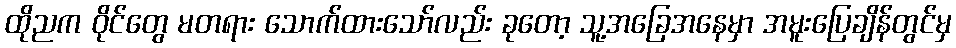
ထိုညက ဝိုင်တွေ မတရား သောက်ထားသော်လည်း ခုတော့ သူ့အခြေအနေမှာ အမူးပြေချိန်တွင်မှ